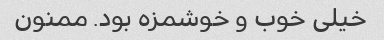
خیلی خوب و خوشمزه بود. ممنون